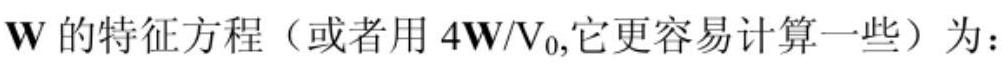
$\mathbf{W}$ 的特征方程（或者用 $4\mathbf{W}/V_0$,它更容易计算一些）为：